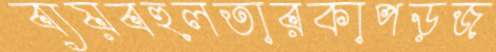
ব্যয়বহুলতারকাপড়জ